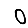
Digit: 0